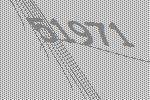
51971